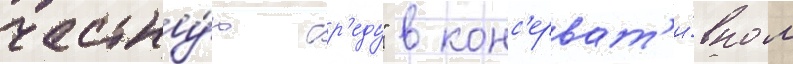
честну́ю ср'еду" в конс'ерват'и́вном